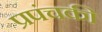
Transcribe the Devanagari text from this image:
प्रपंचकी